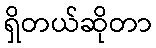
ရှိတယ်ဆိုတာ